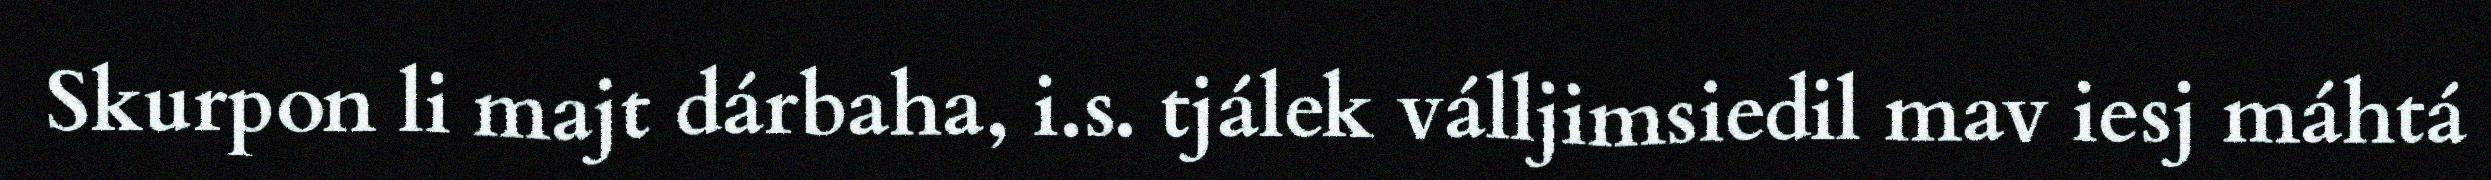
Skurpon li majt dárbaha, i.s. tjálek válljimsiedil mav iesj máhtá